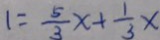
1 = \frac { 5 } { 3 } x + \frac { 1 } { 3 } x